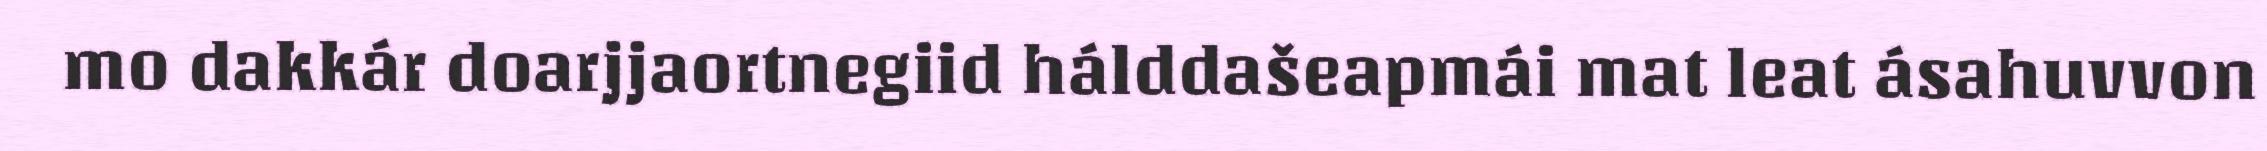
mo dakkár doarjjaortnegiid hálddašeapmái mat leat ásahuvvon